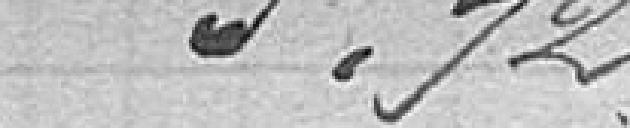
5,72